Vaccine operations Central Provinces 1900-1911 - 1900-1911
Year: 1900
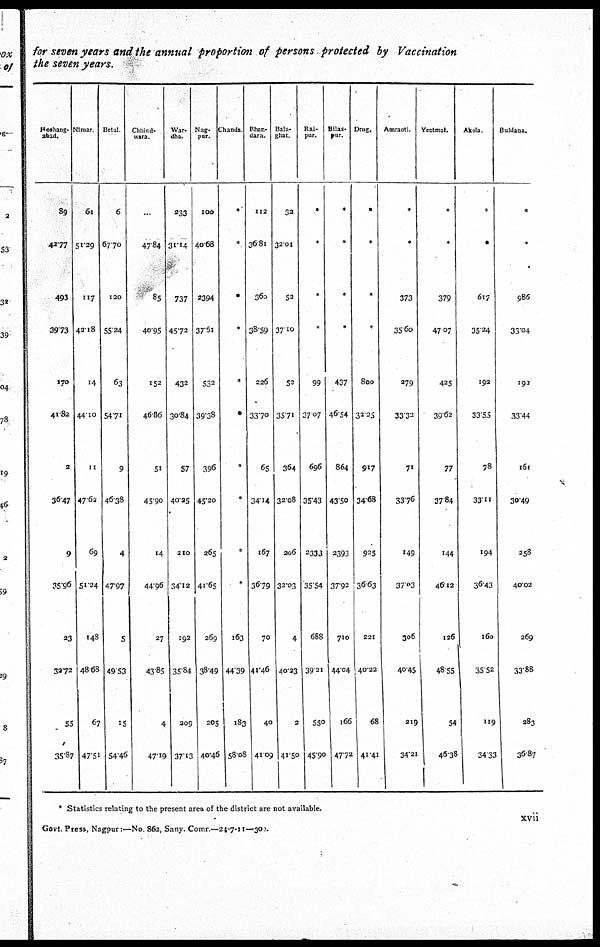
for seven years and the annual proportion of persons protected by Vaccination
the seven years.
Hoshang¬
abad.
89
42.77
493
39.73
170
41.82
2
36.47
9
35.96
23
32.72
55
35.87
Nimar.
61
51.29
117
42.18
14
44.10
11
47.62
69
51.24
148
48.68
67
47.51
Betul.
6
67.70
120
55.24
63
54.71
9
46.38
4
47.97
5
49.53
15
54.46
Chhind¬
wara.
...
47.84
85
40.95
152
46.86
51
45.90
14
44.96
27
43.85
4
47.19
War.
dha.
233
31.14
737
45.72
432
30.84
57
40.25
210
34.12
192
35.84
209
37.13
Nag¬
pur.
100
40.68
23.94
37.61
532
39.38
396
45.20
265
41.65
269
38.49
205
40.46
Chanda.
*
*
*
*
*
*
*
*
*
*
163
44.39
183
58.08
Bhan¬
dara.
112
36.81
360
38.59
226
33.70
65
34.14
167
36.79
70
41.46
40
41.09
Bala¬
ghat.
32
32.01
52
37.10
52
35.71
364
32.08
206
32.03
4
40.23
2
41.50
Rai¬
pur.
*
*
*
*
99
37.07
696
35.43
23.33
35.54
688
39.21
550
45.90
Bilas¬
pur.
*
*
*
*
437
46.54
864
43.50
23.93
37.92
710
44.04
166
47.72
Drug.
*
*
*
*
800
32.25
917
34.68
925
36.63
221
40.22
68
41.41
Amraoti.
*
*
373
35.60
279
33.32
71
33.76
149
37.03
306
40.45
219
34.21
Yeotmal.
*
*
379
47.07
425
39.62
77
37.84
144
46.12
126
48.55
54
46.38
Akola.
*
*
617
35.24
192
33.55
78
33.11
194
36.43
160
35.52
119
34.33
Buldana.
*
*
986
33.04
192
33.44
161
30.49
258
40.02
269
33.88
283
36.87
* Statistics relating to the present area of the district are not available.
Govt. Press, Nagpur:—No. 862, Sany. Comr.—24-7-11—300.
xvii